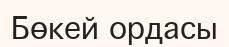
Бөкей ордасы